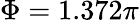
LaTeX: \Phi=1.372\pi